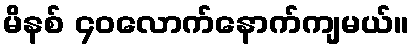
မိနစ် ၄၀လောက်နောက်ကျမယ်။